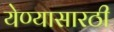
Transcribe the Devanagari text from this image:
येण्यासारठी